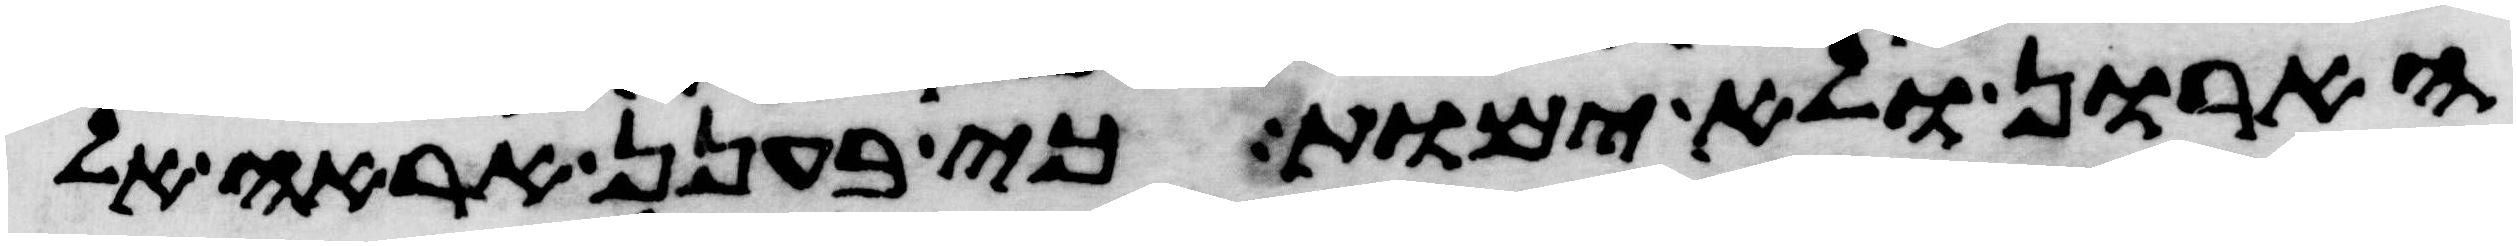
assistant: הארון ולא ימות כי בענן אראה אל